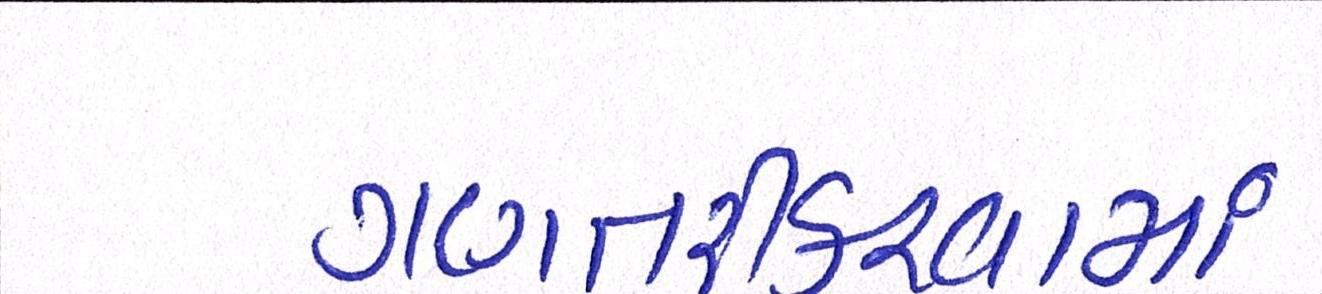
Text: ગણતરીકરવામાં